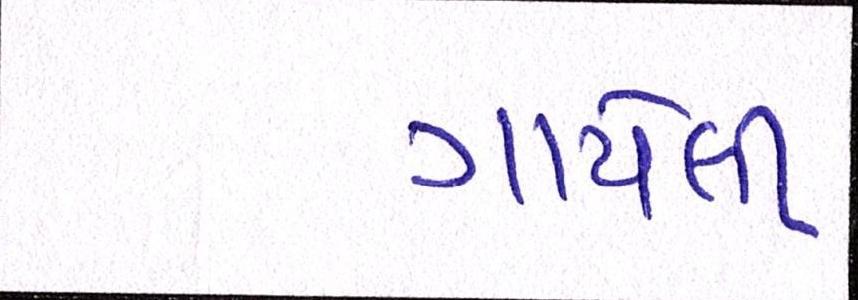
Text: ગાયેલી